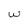
Character: W